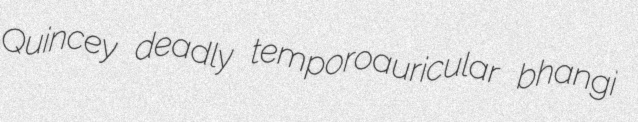
Quincey deadly temporoauricular bhangi